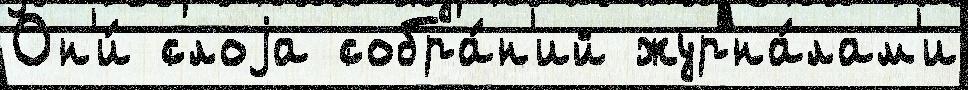
Он'и́ слоjа собра́н'ий журна́лам'и